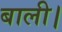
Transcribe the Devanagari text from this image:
बाली।